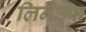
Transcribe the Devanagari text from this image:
लिनेउस